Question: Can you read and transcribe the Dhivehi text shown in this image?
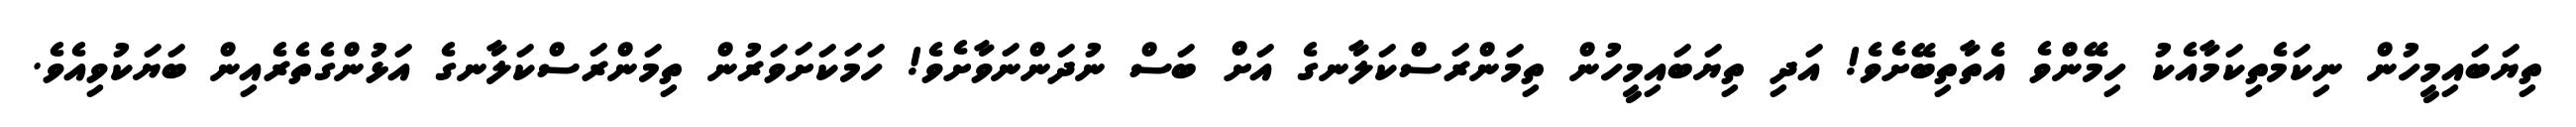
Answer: ތިޔަބައިމީހުން ނިކަމެތިކަމާއެކު ހިމޭންވެ އެތާތިބޭށެވެ! އަދި ތިޔަބައިމީހުން ތިމަންރަސްކަލާނގެ އަށް ބަސް ނުދަންނަވާށެވެ! ހަމަކަށަވަރުން ތިމަންރަސްކަލާނގެ އަޅުންގެތެރެއިން ބަޔަކުވިއެވެ.